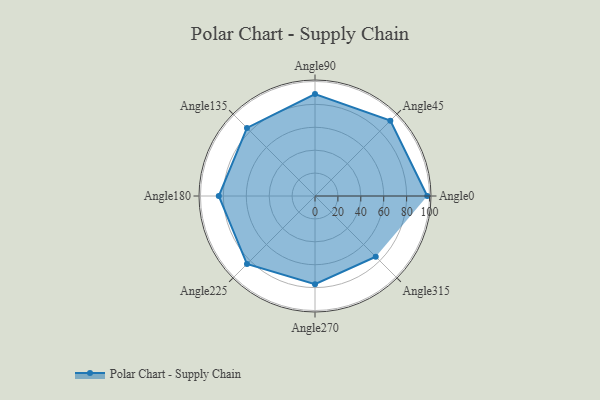
{"axis": {"x": "Angle", "y": "Radius"}, "legend": [""], "data": [{"x": "Angle0", "y": 98.0, "type": ""}, {"x": "Angle45", "y": 93.0, "type": ""}, {"x": "Angle90", "y": 89.0, "type": ""}, {"x": "Angle135", "y": 84.0, "type": ""}, {"x": "Angle180", "y": 84.0, "type": ""}, {"x": "Angle225", "y": 84.0, "type": ""}, {"x": "Angle270", "y": 77.0, "type": ""}, {"x": "Angle315", "y": 75.0, "type": ""}]}